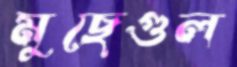
মুছেগুল